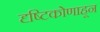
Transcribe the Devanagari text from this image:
दृष्टिकोणाहून